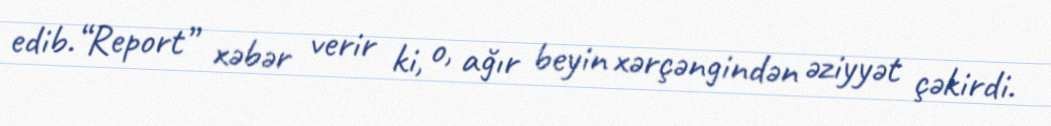
edib.“Report” xəbər verir ki, o, ağır beyin xərçəngindən əziyyət çəkirdi.